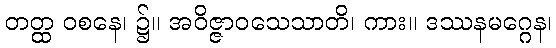
တတ္ထ ဝစနေ၊ ၌။ အဝိဇ္ဇာဝသေသာတိ၊ ကား။ ဒဿနမဂ္ဂေန၊